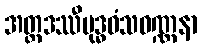
အတ္တဒဿီဗုဒ္ဓဝံသဝဏ္ဏနာ